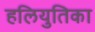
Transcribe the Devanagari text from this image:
हलियुतिका